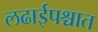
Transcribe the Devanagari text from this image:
लढाईपश्चात